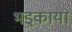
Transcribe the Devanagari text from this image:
भड़्काया